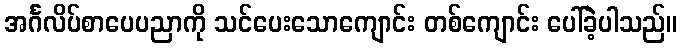
အင်္ဂလိပ်စာပေပညာကို သင်ပေးသောကျောင်း တစ်ကျောင်း ပေါ်ခဲ့ပါသည်။